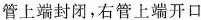
管上端封闭，右管上端开口